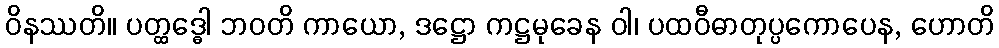
ဝိနဿတိ။ ပတ္ထဒ္ဓေါ ဘဝတိ ကာယော, ဒဋ္ဌော ကဋ္ဌမုခေန ဝါ၊ ပထဝီဓာတုပ္ပကောပေန, ဟောတိ